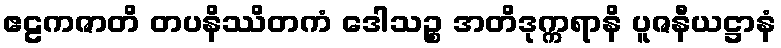
ဧဠကဇာတိ တပနိဿိတကံ ဒေါသဉ္စ အတိဒုက္ကရာနိ ပူဇနီယဋ္ဌာနံ